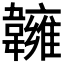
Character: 𩏨